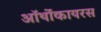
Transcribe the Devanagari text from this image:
ऑर्थोकायरस